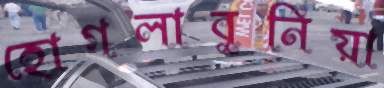
হোগলাবুনিয়া